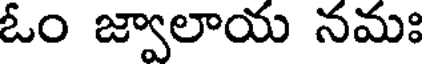
ఓం జ్వాలాయ నమః